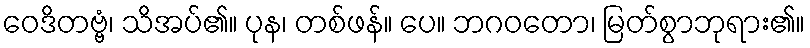
ဝေဒိတဗ္ဗံ၊ သိအပ်၏။ ပုန၊ တစ်ဖန်။ ပေ။ ဘဂဝတော၊ မြတ်စွာဘုရား၏။